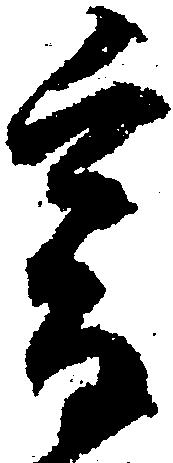
爰